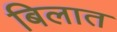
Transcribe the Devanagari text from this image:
बिलात